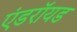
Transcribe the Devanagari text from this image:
एंडराॅयड